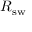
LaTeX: R _ { \mathrm { s w } }